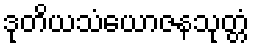
ဒုတိယသံယောဇနသုတ္တံ